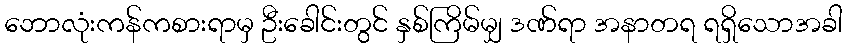
ဘောလုံးကန်ကစားရာမှ ဦးခေါင်းတွင် နှစ်ကြိမ်မျှ ဒဏ်ရာ အနာတရ ရရှိသောအခါ